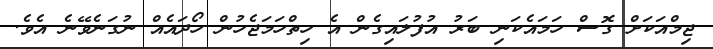
ޖިމްއަކަށް ގޮސް ހަމައެކަނި ބަރު އުފުލައިގެން އެ ހިތްހަމަޖެހުން ހޯދައެއް ނުގަނެވޭނެ އެވެ.